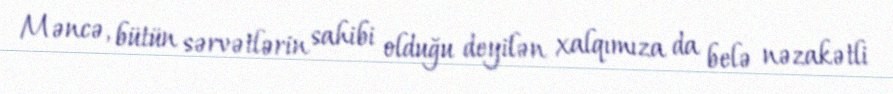
Məncə, bütün sərvətlərin sahibi olduğu deyilən xalqımıza da belə nəzakətli